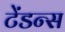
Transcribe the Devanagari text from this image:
टेंडन्स